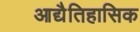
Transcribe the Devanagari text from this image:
आद्यैतिहासिक